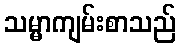
သမ္မာကျမ်းစာသည်